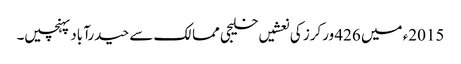
2015ء میں 426 ورکرز کی نعشیں خلیجی ممالک سے حیدرآباد پہنچیں۔